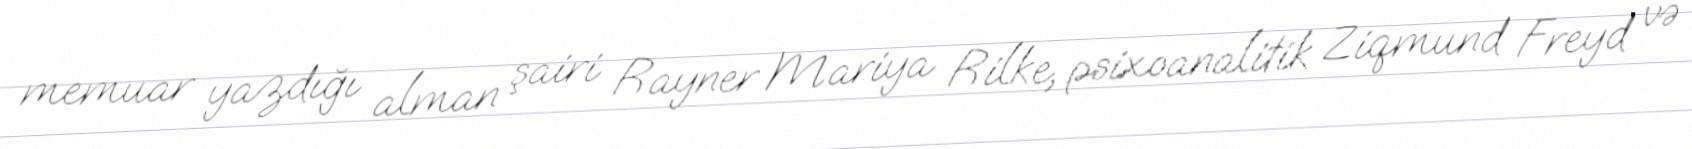
memuar yazdığı alman şairi Rayner Mariya Rilke, psixoanalitik Ziqmund Freyd və